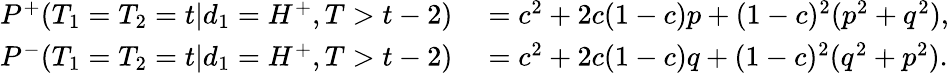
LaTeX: \begin{array}{rl}{P^{+}(T_{1}=T_{2}=t|d_{1}=H^{+},T>t-2)}&{{}=c^{2}+2c(1-c)p+(1-c)^{2}(p^{2}+q^{2}),}\\ {P^{-}(T_{1}=T_{2}=t|d_{1}=H^{+},T>t-2)}&{{}=c^{2}+2c(1-c)q+(1-c)^{2}(q^{2}+p^{2}).}\end{array}